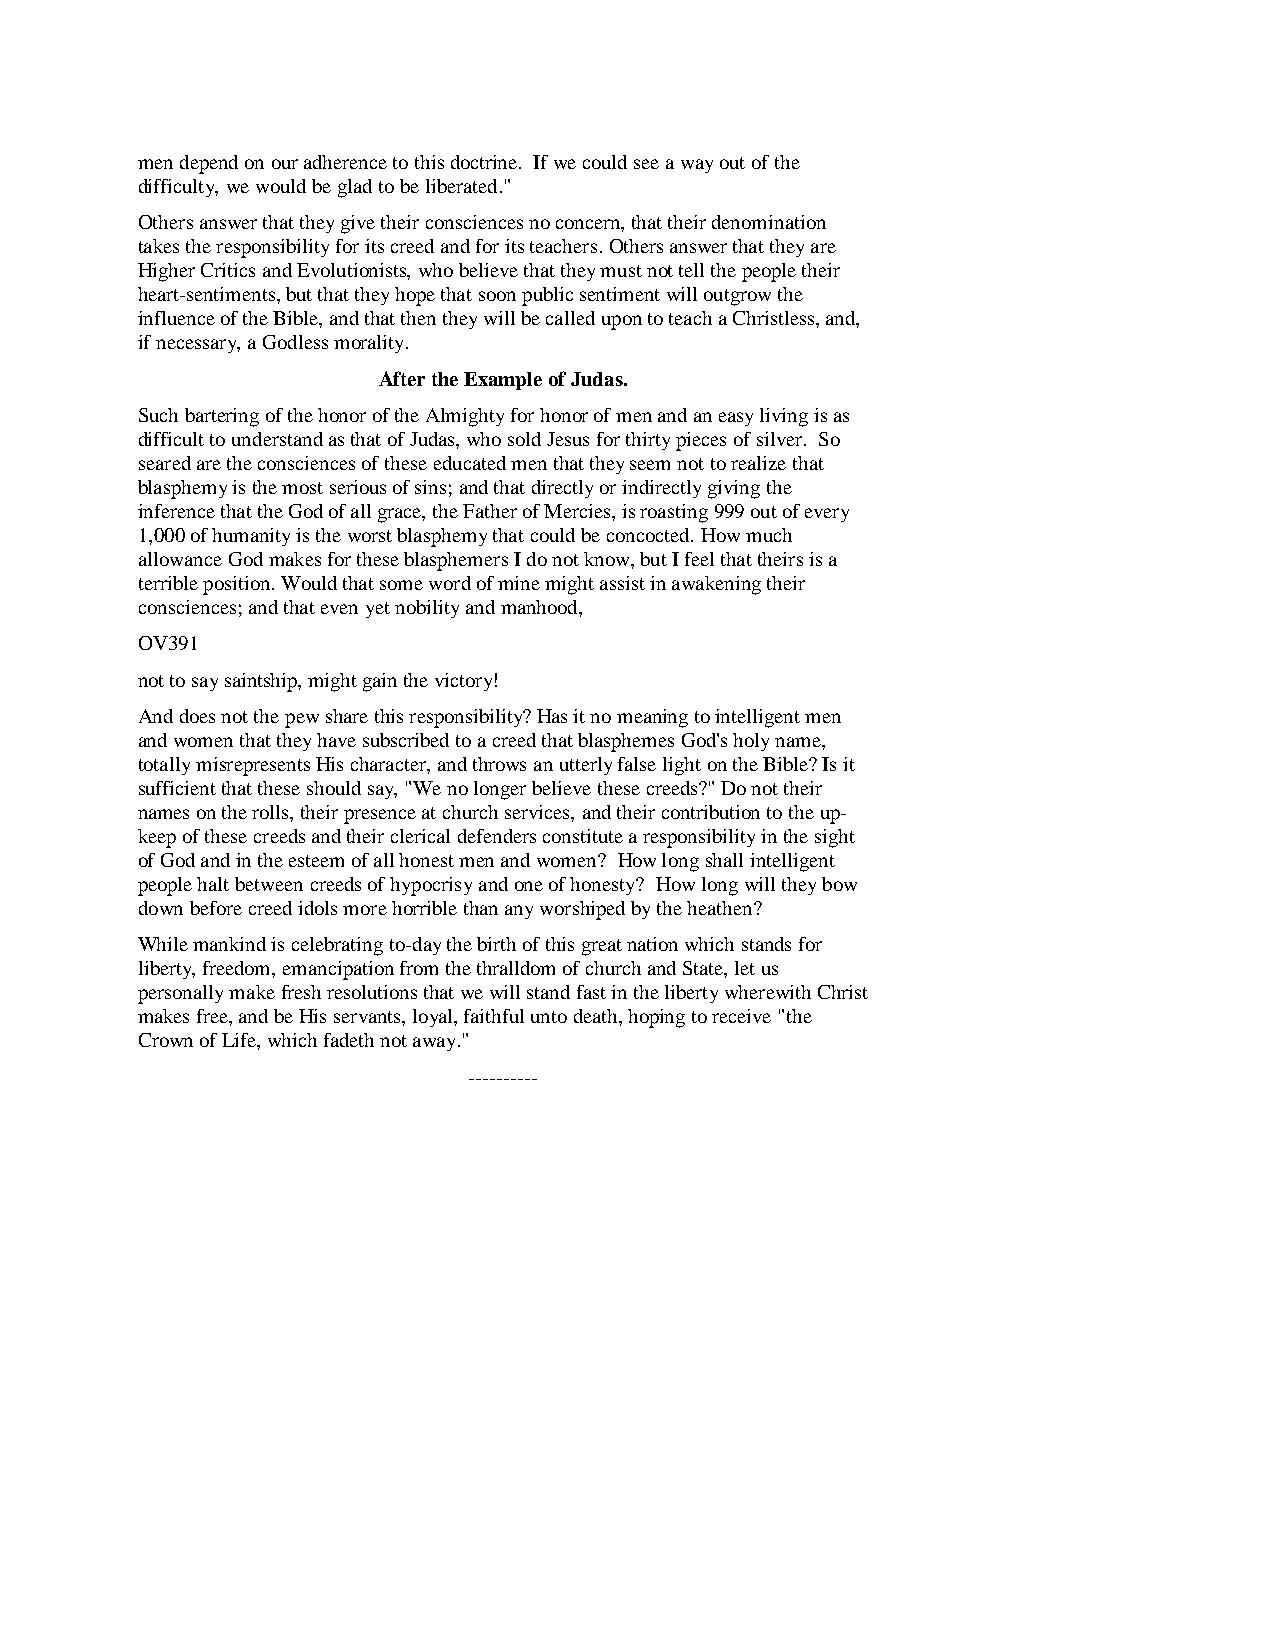
men depend on our adherence to this doctrine. If we could see a way out of the
 difficulty, we would be glad to be liberated."
 Others answer that they give their consciences no concern, that their denomination
 takes the responsibility for its creed and for its teachers. Others answer that they are
 Higher Critics and Evolutionists, who believe that they must not tell the people their
 heart-sentiments, but that they hope that soon public sentiment will outgrow the
 influence of the Bible, and that then they will be called upon to teach a Christless, and,
 if necessary, a Godless morality.
 After the Example of Judas.
 Such bartering of the honor of the Almighty for honor of men and an easy living is as
 difficult to understand as that of Judas, who sold Jesus for thirty pieces of silver. So
 seared are the consciences of these educated men that they seem not to realize that
 blasphemy is the most serious of sins; and that directly or indirectly giving the
 inference that the God of all grace, the Father of Mercies, is roasting 999 out of every
 1,000 of humanity is the worst blasphemy that could be concocted. How much
 allowance God makes for these blasphemers I do not know, but I feel that theirs is a
 terrible position. Would that some word of mine might assist in awakening their
 consciences; and that even yet nobility and manhood,
 OV391
 not to say saintship, might gain the victory!
 And does not the pew share this responsibility? Has it no meaning to intelligent men
 and women that they have subscribed to a creed that blasphemes God's holy name,
 totally misrepresents His character, and throws an utterly false light on the Bible? Is it
 sufficient that these should say, "We no longer believe these creeds?" Do not their
 names on the rolls, their presence at church services, and their contribution to the up-
 keep of these creeds and their clerical defenders constitute a responsibility in the sight
 of God and in the esteem of all honest men and women? How long shall intelligent
 people halt between creeds of hypocrisy and one of honesty? How long will they bow
 down before creed idols more horrible than any worshiped by the heathen?
 While mankind is celebrating to-day the birth of this great nation which stands for
 liberty, freedom, emancipation from the thralldom of church and State, let us
 personally make fresh resolutions that we will stand fast in the liberty wherewith Christ
 makes free, and be His servants, loyal, faithful unto death, hoping to receive "the
 Crown of Life, which fadeth not away."
 ----------